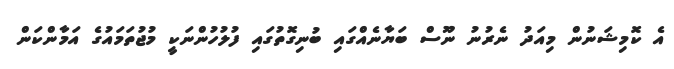
އެ ކޮމިޝަނުން މިއަދު ނެރުނު ނޫސް ބަޔާނެއްގައި ބުނިގޮތުގައި ފުލުހުންނަކީ މުޖުތަމައުގެ އަމާންކަން